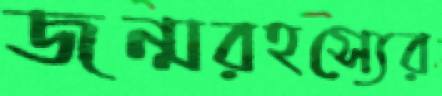
জন্মরহস্যের